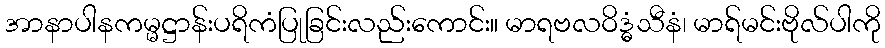
အာနာပါနကမ္မဋ္ဌာန်းပရိကံပြုခြင်းလည်းကောင်း။ မာရဗလဝိဒ္ဓံသီနံ၊ မာရ်မင်းဗိုလ်ပါကို